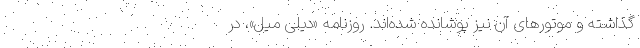
گذاشته و موتور‌های آن نیز پوشانده شده‌اند. روزنامه «دیلی میل»، در